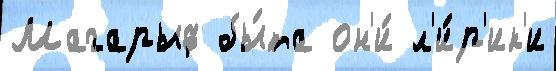
Магарыф бы́та он'и́ л'и́р'ик'и